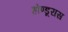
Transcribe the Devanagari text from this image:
होण्डूरास